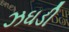
ઝઘડી